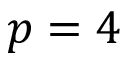
p = 4